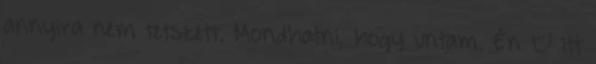
annyira nem tetszett. Mondhatni, hogy untam. Én – itt